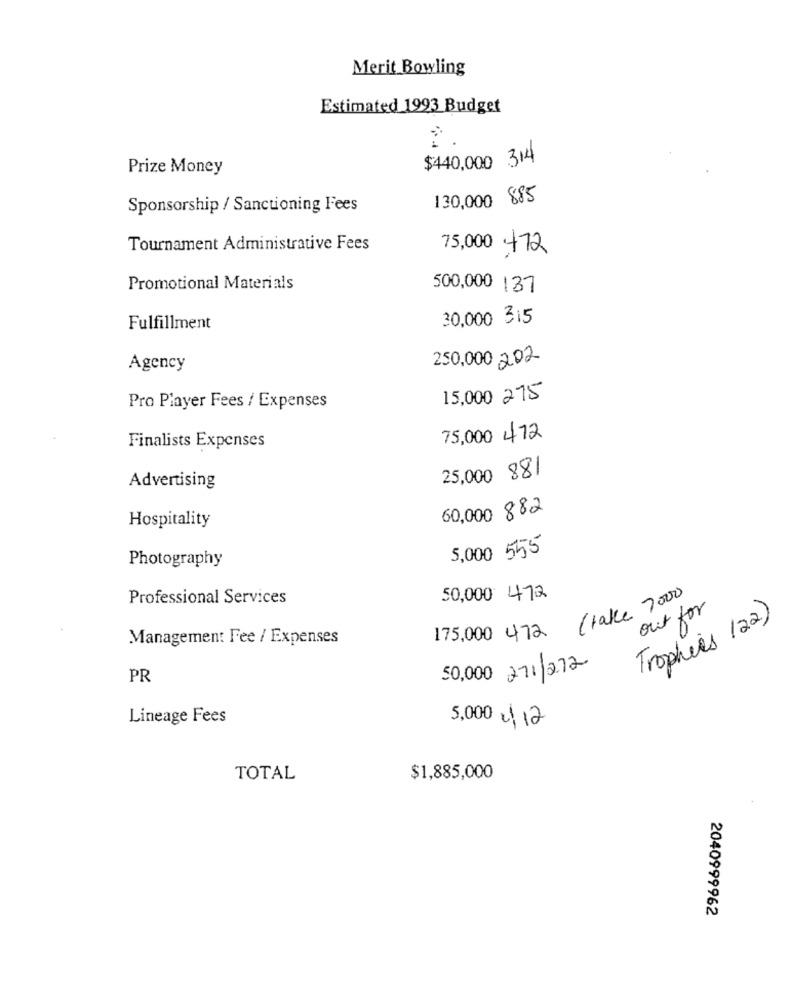
Merit Bowling
Estimated 1993 Budget
$440,000 314
Prize Money
130,000 885
Sponsorship / Sanctioning Fees
Tournament Administrative Fees
75,000
472
Promotional Materials
500,000 137
30,000 315
Fulfillment
Agency
250.000 202
15,000 215
Pro Player Fees / Expenses
75,000 472
Finalists Expenses
25,000 88/
Advertising
60,000 882
Hospitality
5,000 555
Photography
Professional Services
50,000 472
175,000 472 (take 7000
out for
Trophies (22)
Management Fee / Expenses
50,000 211/212
PR
Lineage Fees
5,000 0/ 12
TOTAL
$1,885,000
2040999962